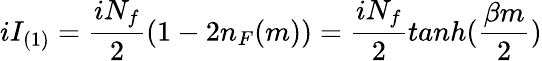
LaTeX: iI_{(1)}=\frac{iN_{f}}{2}(1-2n_{F}(m))=\frac{iN_{f}}{2}tanh(\frac{\beta m}{2})